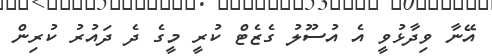
އޭނާ ވިދާޅުވީ އެ އުސޫލު ގެޒެޓް ކުރީ މީގެ ދެ ދަައުރު ކުރިން